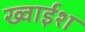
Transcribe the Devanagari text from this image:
ख्वाईश